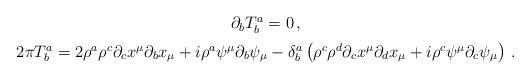
LaTeX: \begin{align*}\begin{array}{c}\medskip\partial_b T_b^a = 0 \,,\\2 \pi T_b^a = 2 \rho^a \rho^c \partial_c x^ {\mu} \partial_b x_ {\mu} + i\rho^a \psi^ {\mu} \partial_b \psi_ {\mu} - \delta_b^a \left (\rho^c \rho^d\partial_c x^ {\mu} \partial_d x_ {\mu} + i \rho^c \psi^ {\mu} \partial_c\psi_{\mu} \right) \,.\end{array}\end{align*}